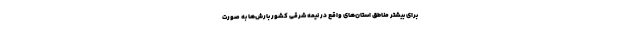
برای بیشتر مناطق استان‌های واقع در نیمه شرقی کشور بارش‌ها به صورت